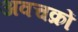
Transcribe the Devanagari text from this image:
अवचक्रों